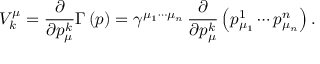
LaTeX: V _ { k } ^ { \mu } = \frac \partial { \partial p _ { \mu } ^ { k } } \Gamma \left( p \right) = \gamma ^ { \mu _ { 1 } \cdots \mu _ { n } } \, \frac \partial { \partial p _ { \mu } ^ { k } } \left( p _ { \mu _ { 1 } } ^ { 1 } \cdots p _ { \mu _ { n } } ^ { n } \right) .